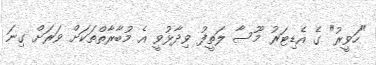
"ހަވީރު" ގެ އެޑިޓަރު މޫސާ ލަތީފު ވިދާޅުވީ އެ މުބާރާތްތަކަށް ވަރަށް ގިނަ